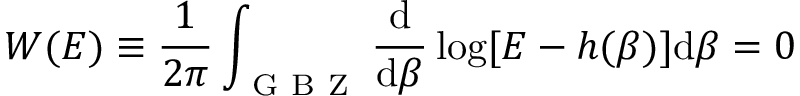
W ( E ) \equiv \frac { 1 } { 2 \pi } \int _ { \mathrm { ~ G ~ B ~ Z ~ } } \frac { \mathrm { d } } { \mathrm { d } \beta } \log [ E - h ( \beta ) ] \mathrm { d } \beta = 0